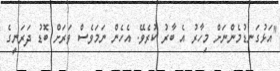
"އަޅުގަނޑުމެންނަށް މިހާރު އެ ބާރު ކުރެވޭ. އެހެން ނަމަވެސް ވަރަށް ބޮޑު ދަރަނީގެ